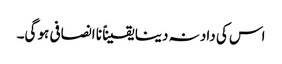
اس کی داد نہ دینا یقیناً نا انصافی ہو گی۔